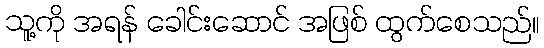
သူ့ကို အရန် ခေါင်းဆောင် အဖြစ် ထွက်စေသည်။